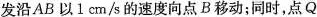
发沿AB以1cm/s的速度向点B移动；同时，点Q